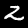
Label: 2